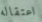
اعتقاله